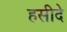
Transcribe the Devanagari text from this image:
हसीदे